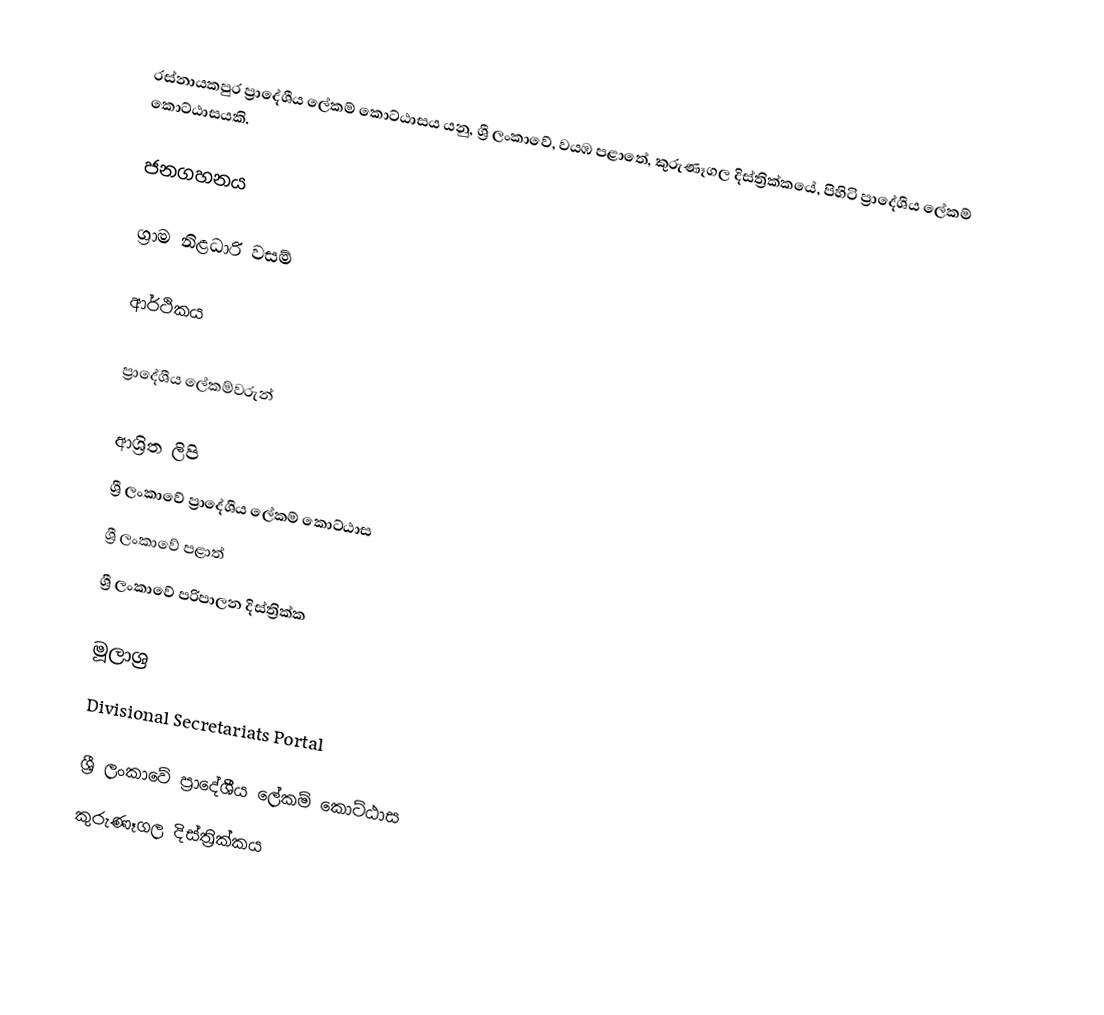
රස්නායකපුර ප්‍රාදේශීය ලේකම් කොට්ඨාසය යනු,  ශ්‍රී ලංකාවේ, වයඹ පළාතේ,   කුරුණෑගල දිස්ත්‍රික්කයේ, පිහිටි ප්‍රාදේශීය ලේකම් කොට්ඨාසයකි.

ජනගහනය

ග්‍රාම නිළධාරි වසම්

ආර්ථිකය

ප්‍රාදේශීය ලේකම්වරුන්

ආශ්‍රිත ලිපි
ශ්‍රී ලංකාවේ ප්‍රාදේශීය ලේකම් කොට්ඨාස
ශ්‍රී ලංකාවේ පළාත්
ශ්‍රී ලංකාවේ පරිපාලන දිස්ත්‍රික්ක

මූලාශ්‍ර
 Divisional Secretariats Portal

ශ්‍රී ලංකාවේ ප්‍රාදේශීය ලේකම් කොට්ඨාස
කුරුණෑගල දිස්ත්‍රික්කය